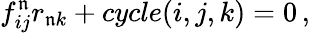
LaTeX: f_{ij}^{\mathfrak{n}}r_{\mathfrak{n}k}+cycle(i,j,k)=0\, ,